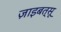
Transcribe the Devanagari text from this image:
ज़ाइबत्सू